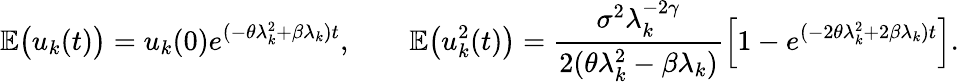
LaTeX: \mathbb E\big(u_{k}(t)\big)=u_{k}(0)e^{(-\theta\lambda_{k}^{2}+\beta\lambda_{k})t},\qquad\mathbb E\big(u_{k}^{2}(t)\big)=\frac{\sigma^{2}\lambda_{k}^{-2\gamma}}{2(\theta\lambda_{k}^{2}-\beta\lambda_{k})}\Big[1-e^{(-2\theta\lambda_{k}^{2}+2\beta\lambda_{k})t}\Big].